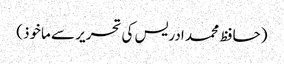
(حافظ محمد ادریس کی تحریر سے ماخوذ)